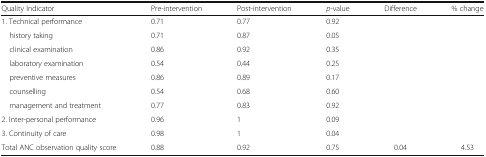
| Quality Indicator | Pre-intervention | Post-intervention | p-value | Difference | % change |
 | --- | --- | --- | --- | --- | --- |
 | 1. Technical performance | 0.71 | 0.77 | 0.92 |  |  |
 | history taking | 0.71 | 0.87 | 0.05 |  |  |
 | clinical examination | 0.86 | 0.92 | 0.35 |  |  |
 | laboratory examination | 0.54 | 0.44 | 0.25 |  |  |
 | preventive measures | 0.86 | 0.89 | 0.17 |  |  |
 | counselling | 0.54 | 0.68 | 0.60 |  |  |
 | management and treatment | 0.77 | 0.83 | 0.92 |  |  |
 | 2. Inter-personal performance | 0.96 | 1 | 0.09 |  |  |
 | 3. Continuity of care | 0.98 | 1 | 0.04 |  |  |
 | Total ANC observation quality score | 0.88 | 0.92 | 0.75 | 0.04 | 4.53 |